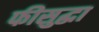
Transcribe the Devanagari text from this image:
फीसुद्धा